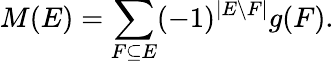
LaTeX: M(E)=\sum_{F\subseteq E}(-1)^{|E\backslash F|}g(F).